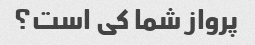
پرواز شما کی است؟